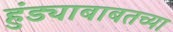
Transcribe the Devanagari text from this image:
हुंड्याबाबतच्या